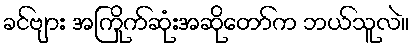
ခင်ဗျား အကြိုက်ဆုံးအဆိုတော်က ဘယ်သူလဲ။